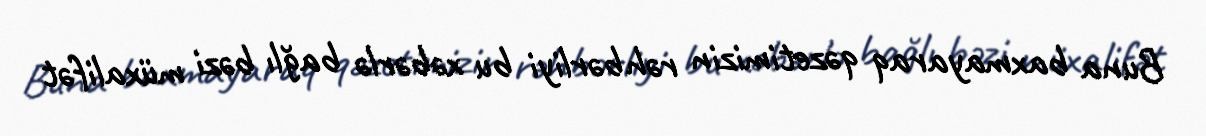
Buna baxmayaraq qəzetimizin rəhbərliyi bu xəbərlə bağlı bəzi müxalifət